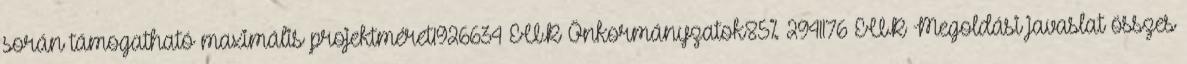
során támogatható maximális projektméret1926634 EUR▪Önkormányzatok85% 2941176 EUR▪Megoldási javaslat összes